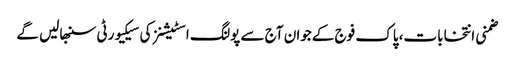
ضمنی انتخابات، پاک فوج کےجوان آج سے پولنگ اسٹیشنز کی سیکیورٹی سنبھالیں گے